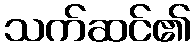
သက်ဆင်၏